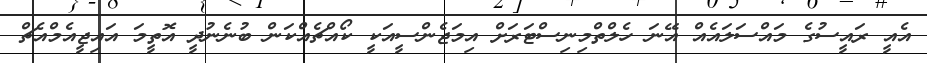
އެއީ ރައީސުގެ މައްސަލައެއް އޭނަ ހެލްތްމިނިސްޓަރަށް އިމަޖެންސީއަކީ ކޯއްޗެއްކަން ބުނެނުދީ އޮތީމަ އައިޖީއެމްއެޗް